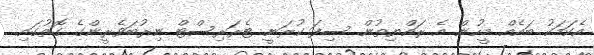
އެކަމަކު ބައެއް މީހުން އެ ރައްޔިތުން ސިފަ ކުރަނީ ޓެރަރިސްޓް ނިރުބަވެރީންގެ ގޮތުގައި.